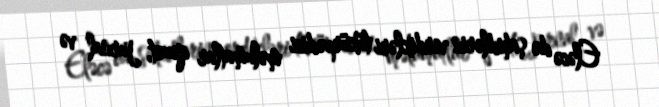
Eləcə də şahidlərin verdikləri tükürpədici məlumatlar qəzet, jurnal və